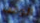
الوقت